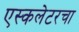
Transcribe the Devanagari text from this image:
एस्कलेटरचा